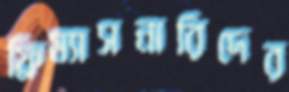
ফ্রিম্যাসনারিদের